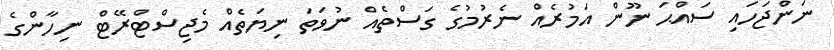
ނަންޖަހައި ސައްޙަ ނޫން އަމުރެއް ނެރުމުގެ ގަސްތެއް ނުވަތަ ނިޔަތެއް މެޖިސްޓްރޭޓް ނިހާންގެ